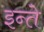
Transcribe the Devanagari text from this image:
इन्ते